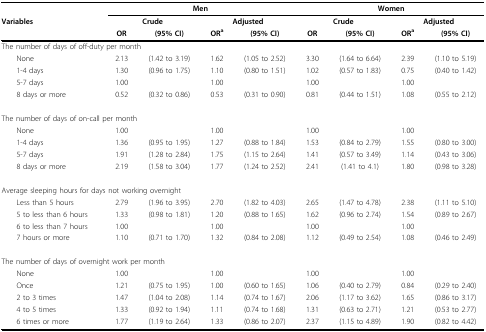
<table><thead><tr><td></td><td colspan="4"><b>Men</b></td><td colspan="4"><b>Women</b></td></tr><tr><td><b>Variables</b></td><td colspan="2"><b>Crude</b></td><td colspan="2"><b>Adjusted</b></td><td colspan="2"><b>Crude</b></td><td colspan="2"><b>Adjusted</b></td></tr><tr><td></td><td><b>OR</b></td><td><b>(95% CI)</b></td><td><b>OR<sup>a</sup></b></td><td><b>(95% CI)</b></td><td><b>OR</b></td><td><b>(95% CI)</b></td><td><b>OR<sup>a</sup></b></td><td><b>(95% CI)</b></td></tr></thead><tbody><tr><td colspan="9">The number of days of off-duty per month</td></tr><tr><td> None</td><td>2.13</td><td>(1.42 to 3.19)</td><td>1.62</td><td>(1.05 to 2.52)</td><td>3.30</td><td>(1.64 to 6.64)</td><td>2.39</td><td>(1.10 to 5.19)</td></tr><tr><td> 1-4 days</td><td>1.30</td><td>(0.96 to 1.75)</td><td>1.10</td><td>(0.80 to 1.51)</td><td>1.02</td><td>(0.57 to 1.83)</td><td>0.75</td><td>(0.40 to 1.42)</td></tr><tr><td> 5-7 days</td><td>1.00</td><td></td><td>1.00</td><td></td><td>1.00</td><td></td><td>1.00</td><td></td></tr><tr><td> 8 days or more</td><td>0.52</td><td>(0.32 to 0.86)</td><td>0.53</td><td>(0.31 to 0.90)</td><td>0.81</td><td>(0.44 to 1.51)</td><td>1.08</td><td>(0.55 to 2.12)</td></tr><tr><td colspan="9">The number of days of on-call per month</td></tr><tr><td> None</td><td>1.00</td><td></td><td>1.00</td><td></td><td>1.00</td><td></td><td>1.00</td><td></td></tr><tr><td> 1-4 days</td><td>1.36</td><td>(0.95 to 1.95)</td><td>1.27</td><td>(0.88 to 1.84)</td><td>1.53</td><td>(0.84 to 2.79)</td><td>1.55</td><td>(0.80 to 3.00)</td></tr><tr><td> 5-7 days</td><td>1.91</td><td>(1.28 to 2.84)</td><td>1.75</td><td>(1.15 to 2.64)</td><td>1.41</td><td>(0.57 to 3.49)</td><td>1.14</td><td>(0.43 to 3.06)</td></tr><tr><td> 8 days or more</td><td>2.19</td><td>(1.58 to 3.04)</td><td>1.77</td><td>(1.24 to 2.52)</td><td>2.41</td><td>(1.41 to 4.1)</td><td>1.80</td><td>(0.98 to 3.28)</td></tr><tr><td colspan="9">Average sleeping hours for days not working overnight</td></tr><tr><td> Less than 5 hours</td><td>2.79</td><td>(1.96 to 3.95)</td><td>2.70</td><td>(1.82 to 4.03)</td><td>2.65</td><td>(1.47 to 4.78)</td><td>2.38</td><td>(1.11 to 5.10)</td></tr><tr><td> 5 to less than 6 hours</td><td>1.33</td><td>(0.98 to 1.81)</td><td>1.20</td><td>(0.88 to 1.65)</td><td>1.62</td><td>(0.96 to 2.74)</td><td>1.54</td><td>(0.89 to 2.67)</td></tr><tr><td> 6 to less than 7 hours</td><td>1.00</td><td></td><td>1.00</td><td></td><td>1.00</td><td></td><td>1.00</td><td></td></tr><tr><td> 7 hours or more</td><td>1.10</td><td>(0.71 to 1.70)</td><td>1.32</td><td>(0.84 to 2.08)</td><td>1.12</td><td>(0.49 to 2.54)</td><td>1.08</td><td>(0.46 to 2.49)</td></tr><tr><td colspan="9">The number of days of overnight work per month</td></tr><tr><td> None</td><td>1.00</td><td></td><td>1.00</td><td></td><td>1.00</td><td></td><td>1.00</td><td></td></tr><tr><td> Once</td><td>1.21</td><td>(0.75 to 1.95)</td><td>1.00</td><td>(0.60 to 1.65)</td><td>1.06</td><td>(0.40 to 2.79)</td><td>0.84</td><td>(0.29 to 2.40)</td></tr><tr><td> 2 to 3 times</td><td>1.47</td><td>(1.04 to 2.08)</td><td>1.14</td><td>(0.74 to 1.67)</td><td>2.06</td><td>(1.17 to 3.62)</td><td>1.65</td><td>(0.86 to 3.17)</td></tr><tr><td> 4 to 5 times</td><td>1.33</td><td>(0.92 to 1.94)</td><td>1.11</td><td>(0.74 to 1.68)</td><td>1.31</td><td>(0.63 to 2.71)</td><td>1.21</td><td>(0.53 to 2.77)</td></tr><tr><td> 6 times or more</td><td>1.77</td><td>(1.19 to 2.64)</td><td>1.33</td><td>(0.86 to 2.07)</td><td>2.37</td><td>(1.15 to 4.89)</td><td>1.90</td><td>(0.82 to 4.42)</td></tr></tbody></table>